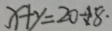
x + y = 2 0 \div 1 8 \cdot